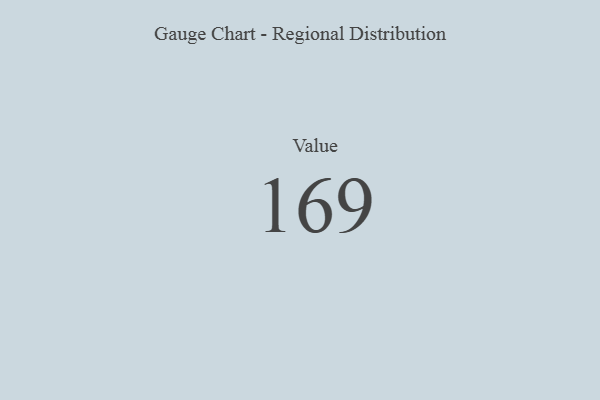
{"axis": {"x": "Metric", "y": "Value"}, "legend": [""], "data": [{"x": "Value", "y": 169, "type": ""}]}